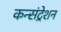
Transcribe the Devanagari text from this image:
कन्संट्रेशन